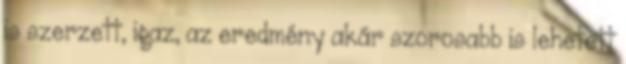
is szerzett, igaz, az eredmény akár szorosabb is lehetett